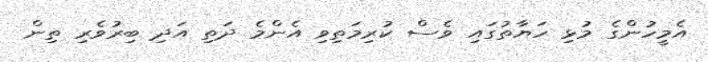
އެމީހުންގެ މުޅި ހަޔާތުގައި ވެސް ކުރިމަތިވި އެންމެ ދަތި އަދި ބިރުވެރި ތިން